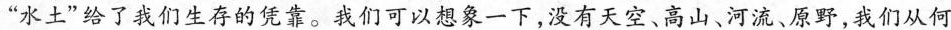
“水土”给了我们生存的凭靠。我们可以想象一下，没有天空、高山、河流、原野，我们从何